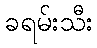
ခရမ်းသီး